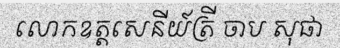
លោកឧត្តសេនីយ៍ត្រី ចាប សុផា